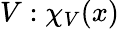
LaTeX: V:\chi_{V}(x)